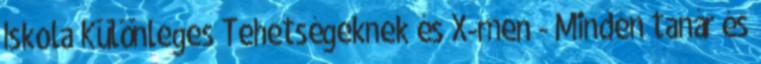
Iskola Különleges Tehetségeknek és X-men - Minden tanár és